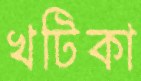
খটিকা